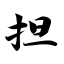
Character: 担